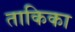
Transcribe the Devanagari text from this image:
ताकिका